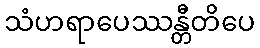
သံဟရာပေဿန္တီတိပေ